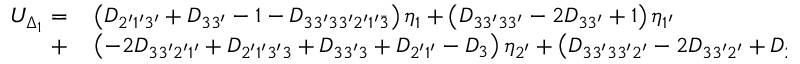
\begin{array} { r l } { U _ { \Delta _ { 1 } } = } & { { } \left( { { D _ { 2 ^ { \prime } 1 ^ { \prime } 3 ^ { \prime } } } + { D _ { 3 3 ^ { \prime } } } - 1 - { D _ { 3 3 ^ { \prime } 3 3 ^ { \prime } 2 ^ { \prime } 1 ^ { \prime } \bar { 3 } } } } \right) { \eta _ { 1 } } + \left( { { D _ { 3 3 ^ { \prime } 3 3 ^ { \prime } } } - 2 { D _ { 3 3 ^ { \prime } } } + 1 } \right) { \eta _ { 1 ^ { \prime } } } } \\ { + } & { { } \left( { - 2 { D _ { 3 3 ^ { \prime } 2 ^ { \prime } 1 ^ { \prime } } } + { D _ { 2 ^ { \prime } 1 ^ { \prime } 3 ^ { \prime } 3 } } + { D _ { 3 3 ^ { \prime } 3 } } + { D _ { 2 ^ { \prime } 1 ^ { \prime } } } - { D _ { 3 } } } \right) { \eta _ { 2 ^ { \prime } } } + \left( { { D _ { 3 3 ^ { \prime } 3 3 ^ { \prime } 2 ^ { \prime } } } - 2 { D _ { 3 3 ^ { \prime } 2 ^ { \prime } } } + { D _ { 2 ^ { \prime } } } } \right) { \eta _ { 3 ^ { \prime } } } . } \end{array}